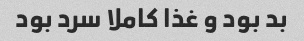
بد بود و غذا کاملا سرد بود